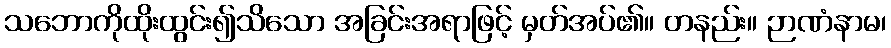
သဘောကိုထိုးထွင်း၍သိသော အခြင်းအရာဖြင့် မှတ်အပ်၏။ တနည်း။ ဉာဏံနာမ၊